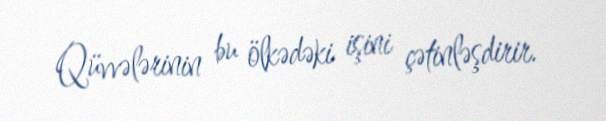
Qüvvələrinin bu ölkədəki işini çətinləşdirir.